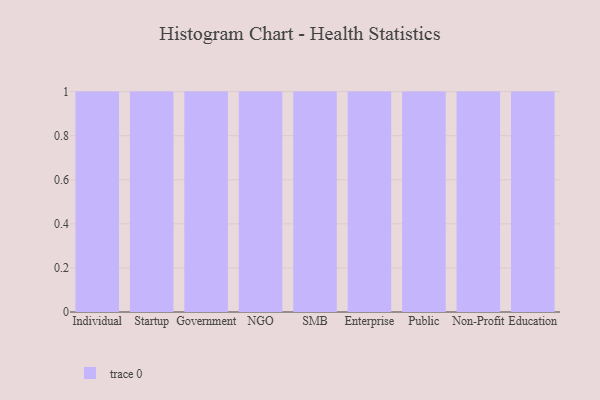
{"axis": {"x": "Segment", "y": "LTV (USD)"}, "legend": [""], "data": [{"x": "Individual", "y": 24, "type": ""}, {"x": "Startup", "y": 15, "type": ""}, {"x": "Government", "y": 64, "type": ""}, {"x": "NGO", "y": 18, "type": ""}, {"x": "SMB", "y": 9, "type": ""}, {"x": "Enterprise", "y": 83, "type": ""}, {"x": "Public", "y": 79, "type": ""}, {"x": "Non-Profit", "y": 26, "type": ""}, {"x": "Education", "y": 6, "type": ""}]}